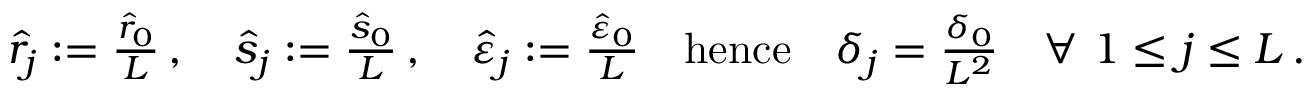
\begin{array} { r } { \hat { r } _ { j } : = \frac { \hat { r } _ { 0 } } { L } \, , \quad \hat { s } _ { j } : = \frac { \hat { s } _ { 0 } } { L } \, , \quad \hat { \varepsilon } _ { j } : = \frac { \hat { \varepsilon } _ { 0 } } { L } \quad \mathrm { h e n c e } \quad \delta _ { j } = \frac { \delta _ { 0 } } { L ^ { 2 } } \quad \forall \ 1 \le j \le L \, . } \end{array}